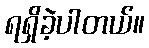
ရရှိခဲ့ပါတယ်။